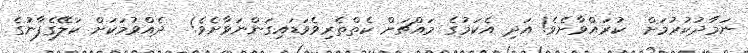
ނަމާދުކުރުމަށް  ކުރައްވާށެވެ! އަދި އެކަމުގެ މައްޗަށް ކެތްތެރިވެވަޑައިގަންނަވާށެވެ!  ދެއްވުމަކަށް ކަލޭގެފާނުގެ